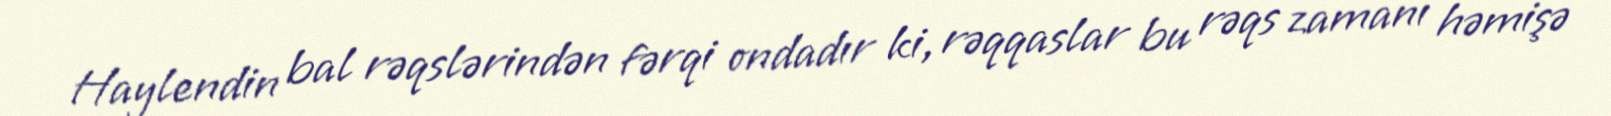
Haylendin bal rəqslərindən fərqi ondadır ki, rəqqaslar bu rəqs zamanı həmişə